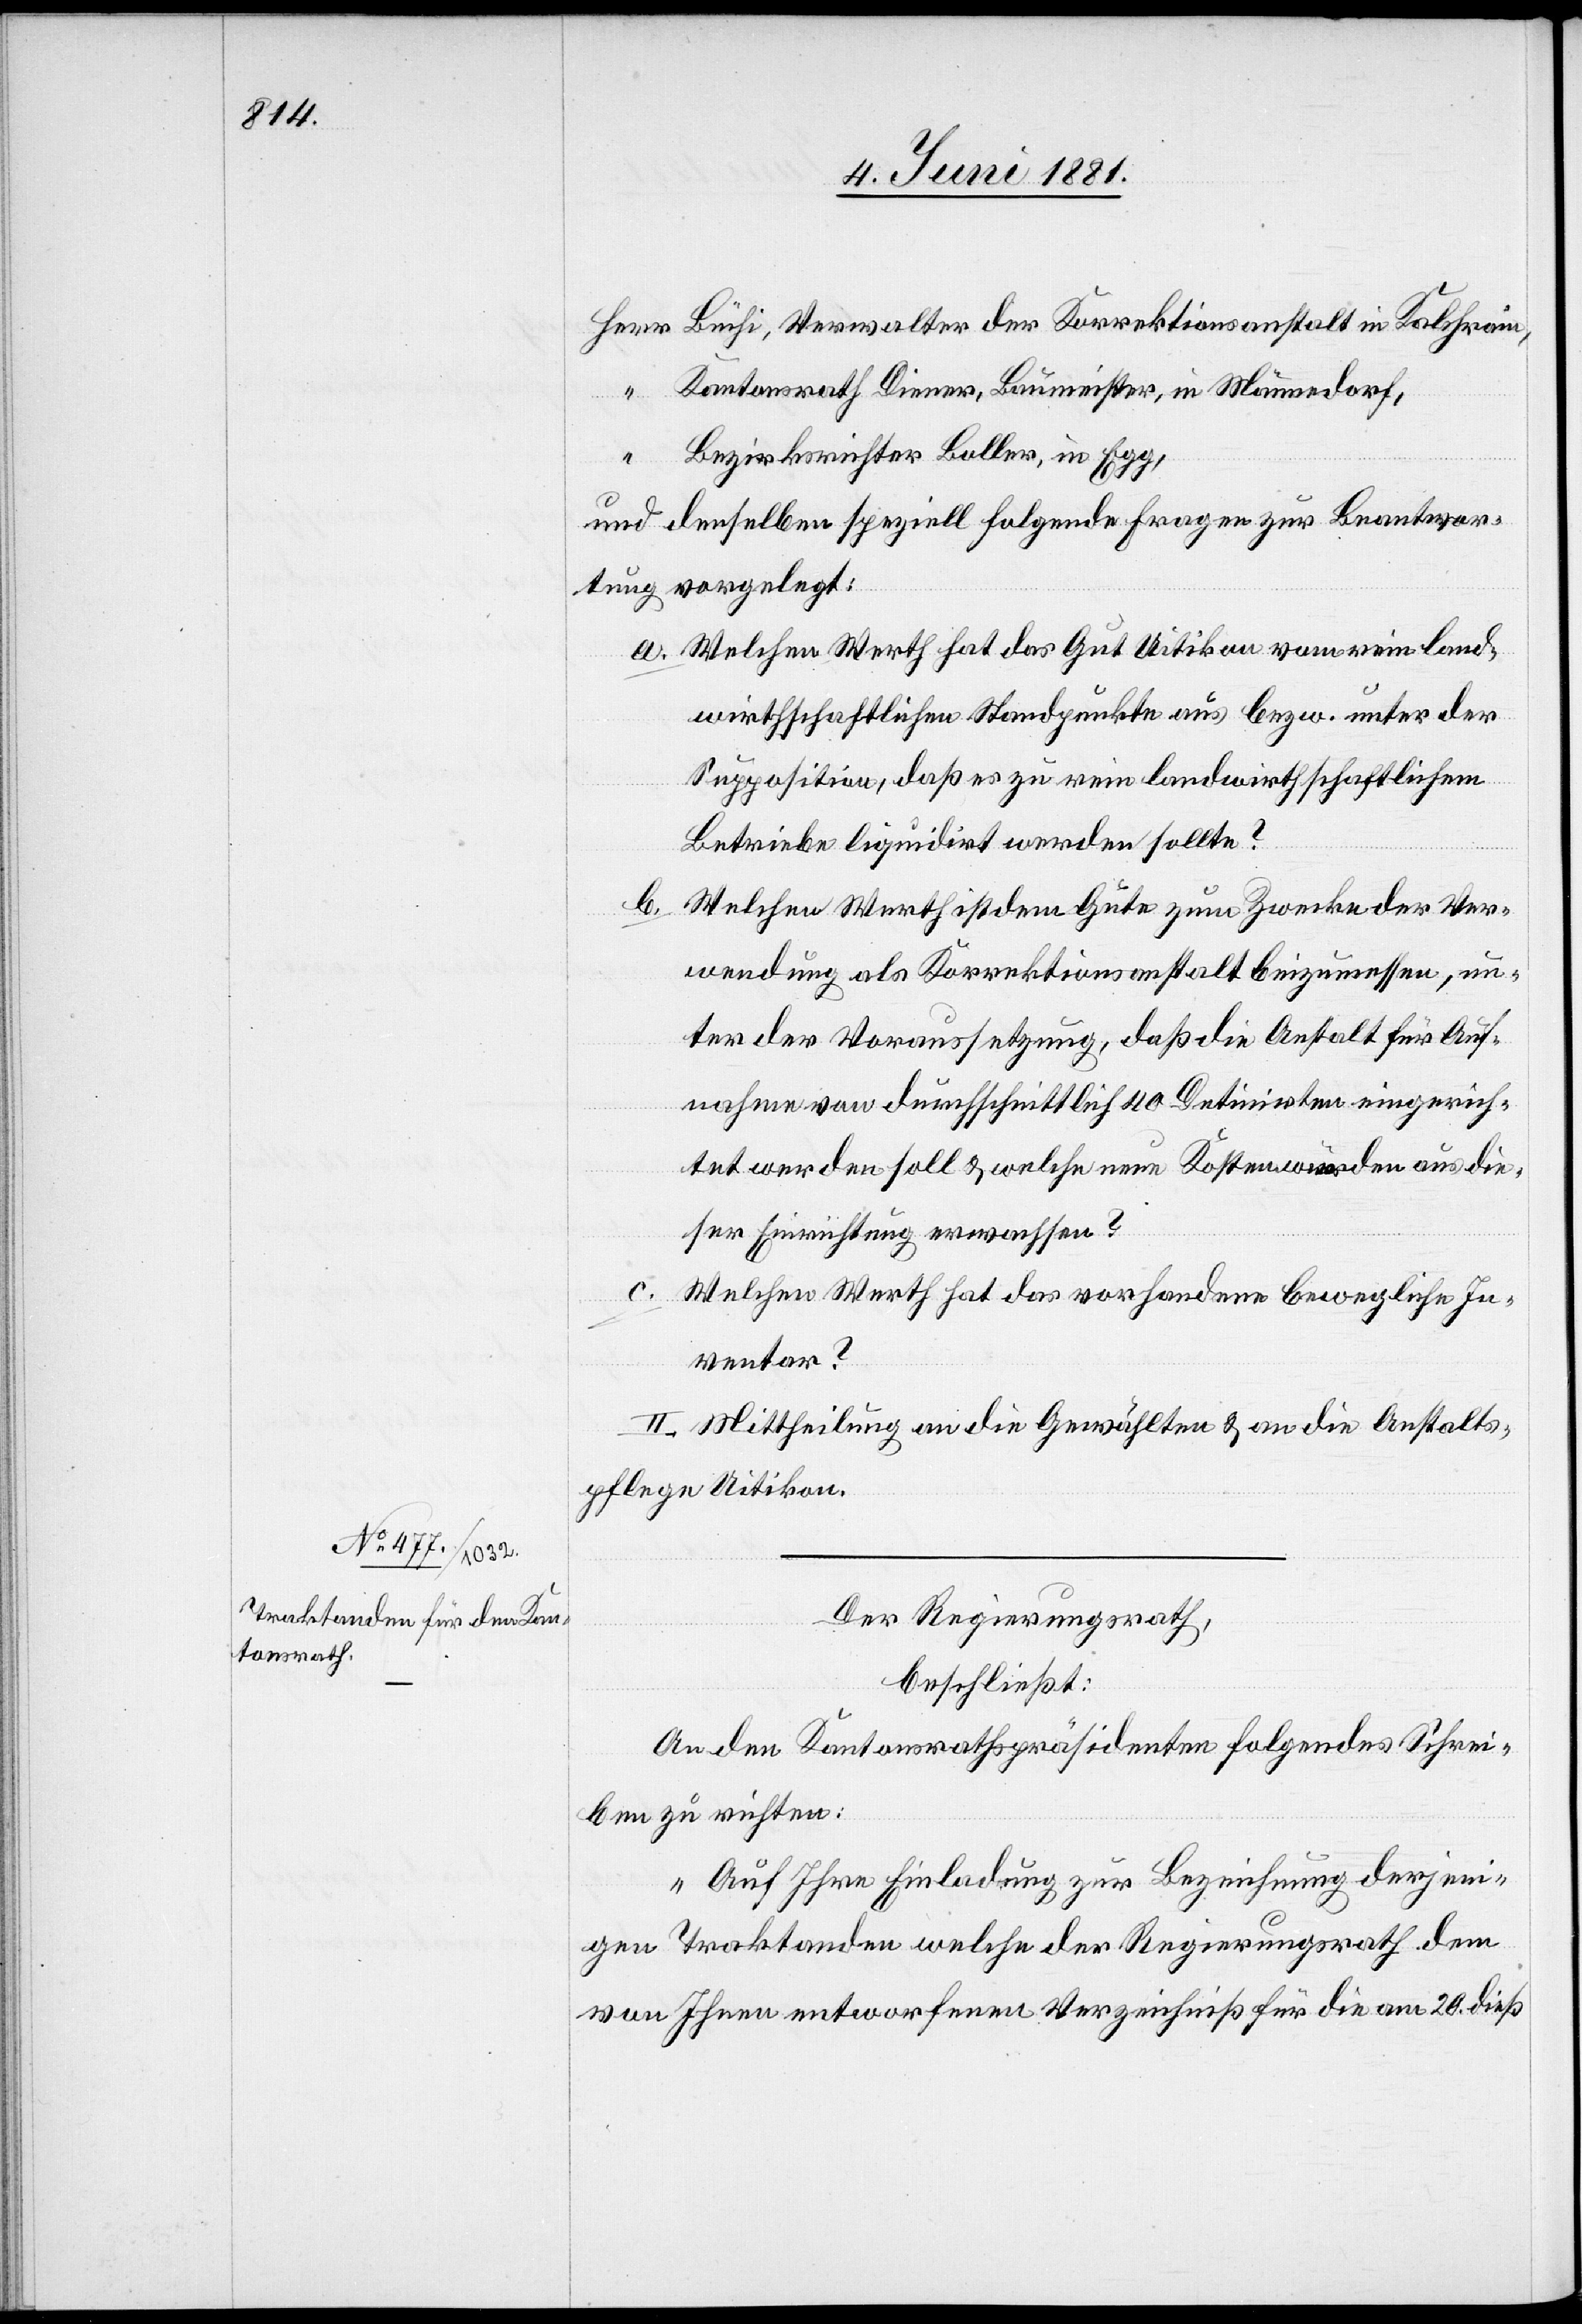
Herr Büchi, Verwalter der Korrektionsanstalt in Kalchrain,
“ Kantonsrath Diener, Baumeister, in Männedorf,
Bezirksrichter Boller, in Egg,
und denselben speziell folgende Fragen zur Beantwor¬
tung vorgelegt:
a. Welchen Werth hat das Gut Uitikon vom rein land¬
wirthschaftlichen Standpunkte aus bezw. unter der
Supposition, daß es zu rein landwirtschaftlichem
Betriebe liquidirt werden sollte?
b. Welchen Werth ist dem Gute zum Zwecke der Ver¬
wendung als Korrektionsanstalt beizumessen, un¬
ter der Voraussetzung, daß die Anstalt für Auf¬
nahme von durchschnittlich 40 Detinirten eingerich¬
tet werden soll & welche neuen Kosten würden den aus die¬
ser Einrichtung erwachsen?
c.
Welchen Werth hat das vorhandene bewegliche In¬
ventar?
II. Mittheilung an die Gewählten & an die Anstalts¬
pflege Uitikon.
Der Regierungsrath,
beschließt:
An den Kantonsrathspräsidenten folgendes Schrei¬
ben zu richten:
„Auf Ihre Einladung zur Bezeichnung derjeni¬
gen Traktanden welche der Regierungsrath dem
von Ihnen entworfenen Verzeichniß für die am 20. dieß